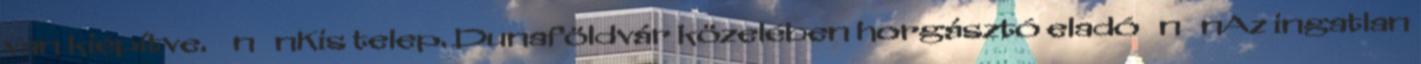
van kiépítve. n nKis telep. Dunaföldvár közelében horgásztó eladó n nAz ingatlan